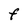
Character: F